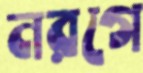
নরগে